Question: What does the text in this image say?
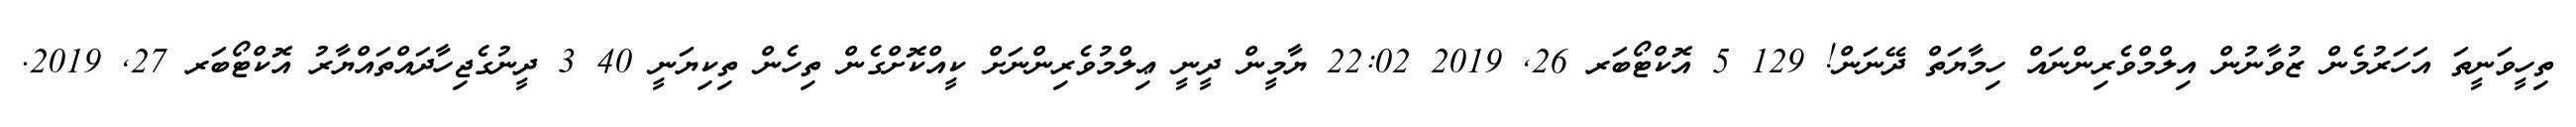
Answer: ތިހީވަނީތަ އަހަރުމެން ޒުވާނުން އިލްމްވެރިންނައް ހިމާޔަތް ދޭނަން! 129 5 އޮކްޓޯބަރ 26, 2019 22:02 ޔާމީން ދީނީ ޢިލްމުވެރިންނަށް ކީއްކޮށްގެން ތިހެން ތިކިޔަނީ 40 3 ދީނުގެޖިހާދައްތައްޔާރު އޮކްޓޯބަރ 27, 2019.